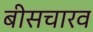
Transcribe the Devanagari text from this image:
बीसचारव